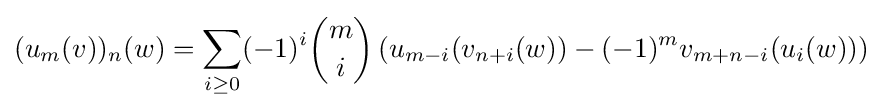
(u_{m}(v))_{n}(w)=\sum _{i\geq 0}(-1)^{i}{\binom {m}{i}}\left(u_{m-i}(v_{n+i}(w))-(-1)^{m}v_{m+n-i}(u_{i}(w))\right)